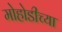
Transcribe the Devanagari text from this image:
मोहोडीच्या